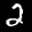
Label: 2